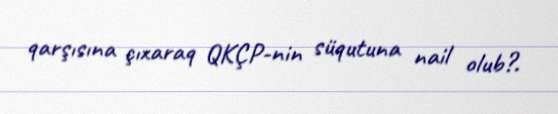
qarşısına çıxaraq QKÇP-nin süqutuna nail olub?.